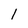
Character: l